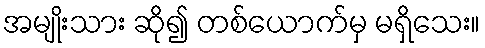
အမျိုးသား ဆို၍ တစ်ယောက်မှ မရှိသေး။